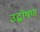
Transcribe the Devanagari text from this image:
उद्घोषण